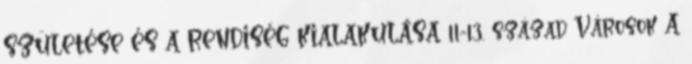
SZÜLETÉSE ÉS A RENDISÉG KIALAKULÁSA 11-13. század Városok A